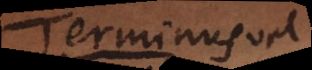
Terminus B